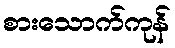
စားသောက်ကုန်